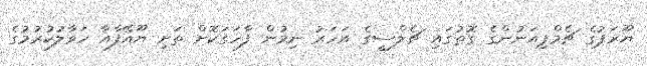
ޔޫރަޕުގެ ޗެމްޕިއަނުންގެ ގޮތުގައި ޗެލްސީގެ އަހަރު ނިމުން ފާހަގަކޮށް ތަށި ޔޫއޭފާއާ ހަވާލުކުރުމުގެ